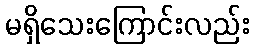
မရှိသေးကြောင်းလည်း